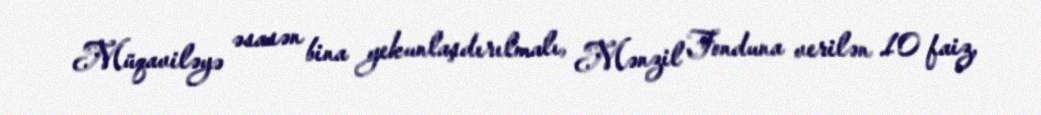
Müqaviləyə əsasən bina yekunlaşdırılmalı, Mənzil Fonduna verilən 10 faiz,